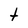
Character: t